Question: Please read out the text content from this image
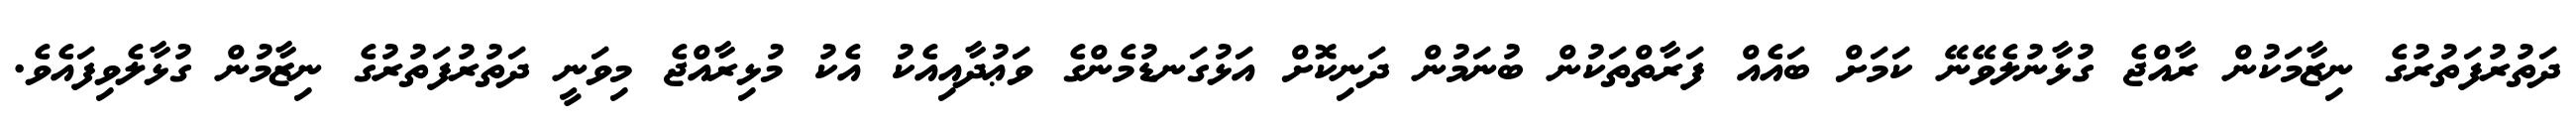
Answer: ދަތުރުފަތުރުގެ ނިޒާމަކުން ރާއްޖެ ގުޅާނުލެވޭނޭ ކަމަށް ބައެއް ފަރާތްތަކުން ބުނަމުން ދަނިކޮށް އަޅުގަނޑުމެންގެ ވަޢުދާއިއެކު އެކު މުޅިރާއްޖެ މިވަނީ ދަތުރުފަތުރުގެ ނިޒާމުން ގުޅާލެވިފައެވެ.